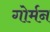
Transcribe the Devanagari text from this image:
गोर्मन